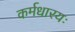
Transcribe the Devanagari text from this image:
कर्मधारयः